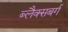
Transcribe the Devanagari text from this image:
ब्लैक्सबर्ग